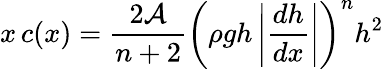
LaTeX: x\, c(x)=\frac{2{\cal A}}{n+2}\left(\rho gh\left|\frac{dh}{dx}\right|\right)^{n}h^{2}